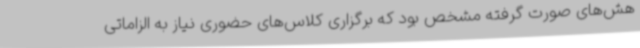
هش‌های صورت گرفته مشخص بود که برگزاری کلاس‌های حضوری نیاز به الزاماتی